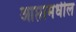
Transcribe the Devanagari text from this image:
आप्तामधील